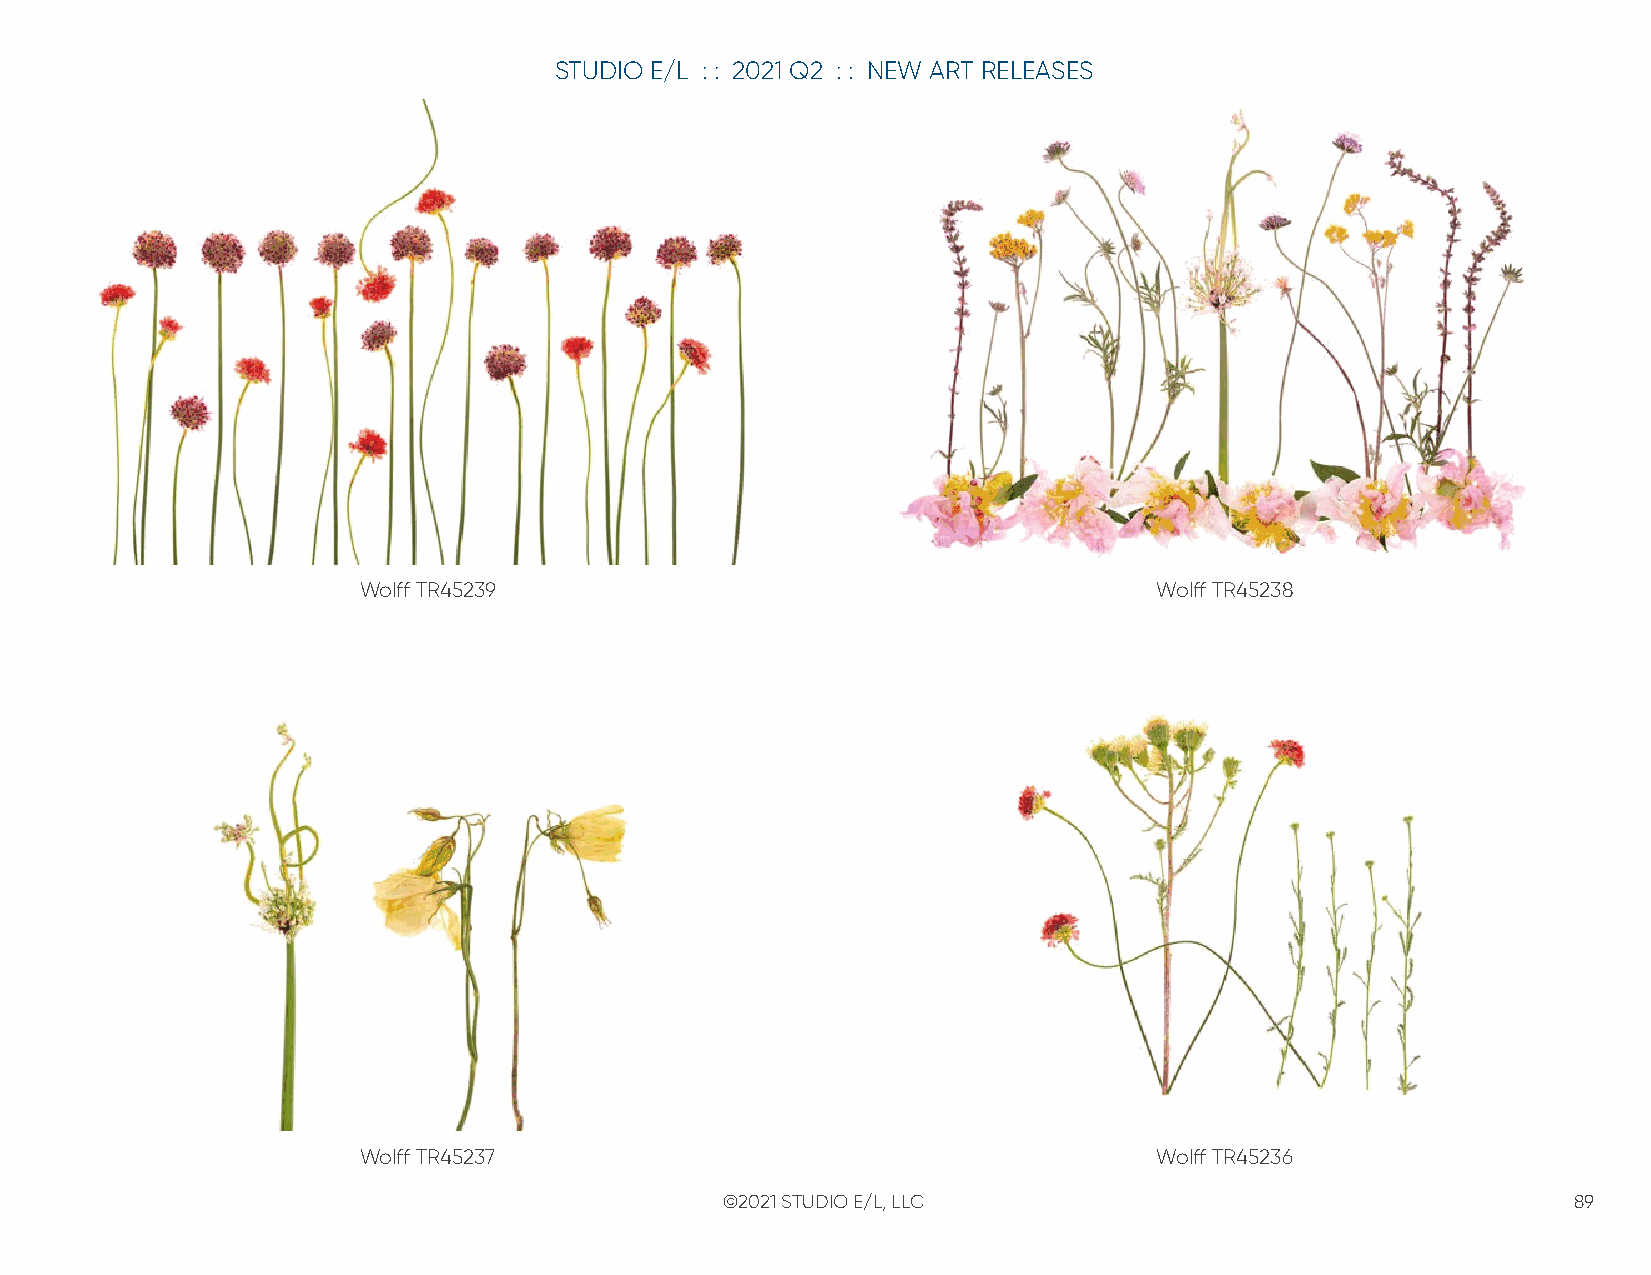
STUDIO E/L : : 2021 Q2 : : NEW ART RELEASES
 Wolff TR45239                                       Wolff TR45238
 Wolff TR45237                                       Wolff TR45236
 ©2021 STUDIO E/L, LLC                                   89